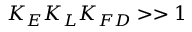
K _ { E } K _ { L } K _ { F D } > > 1